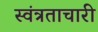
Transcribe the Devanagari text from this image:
स्वंत्रताचारी